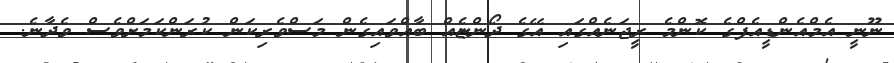
ނޫނީ އެމްއެންޑީއެފްގެ ކޮންމެ ރީޖަނެއްގައި އޭގެ ދޯންޏެއް ބާއްވައިގެން މަސްވެރިކަން ކުރަންކަމަށްވެސް ވެދާނެ.